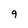
Character: 9